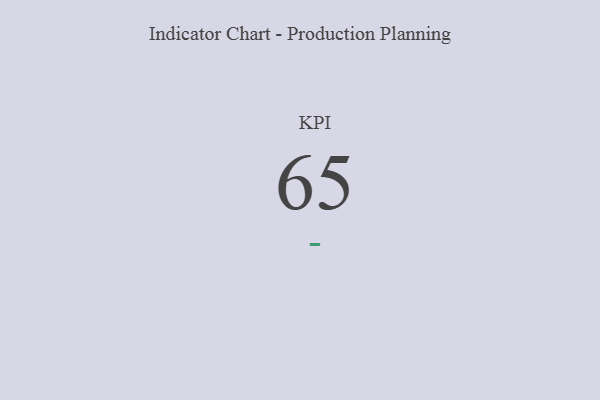
{"axis": {"x": "KPI", "y": "Value"}, "legend": [""], "data": [{"x": "KPI", "y": 65, "type": ""}]}